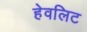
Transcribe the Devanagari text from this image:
हेवलिट